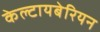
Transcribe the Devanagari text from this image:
केल्टायबेरियन